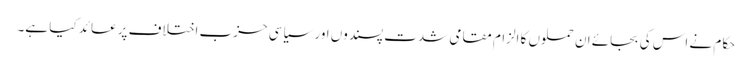
حکام نے اس کی بجائے ان حملوں کا الزام مقامی شدت پسندوں اور سیاسی حزب اختلاف پر عائد کیا ہے۔